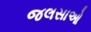
જલસાઓ